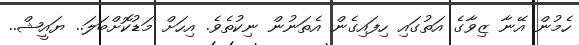
ހެމުން އޭނާ ޒިވާގެ އަތުގައި ހިފައިގެން އެތަނުން ނިކުތެވެ. އިހަށް މަޑުކޮށްބަލަ.. ޔައީޝް..